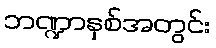
ဘဏ္ဍာနှစ်အတွင်း